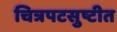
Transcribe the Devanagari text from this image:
चित्रपटसुष्टीत